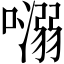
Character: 𡀡